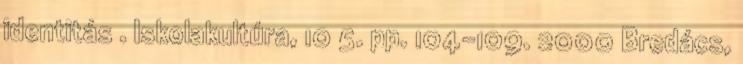
identitás . Iskolakultúra, 10 5. pp. 104-109. 2000 Bredács,